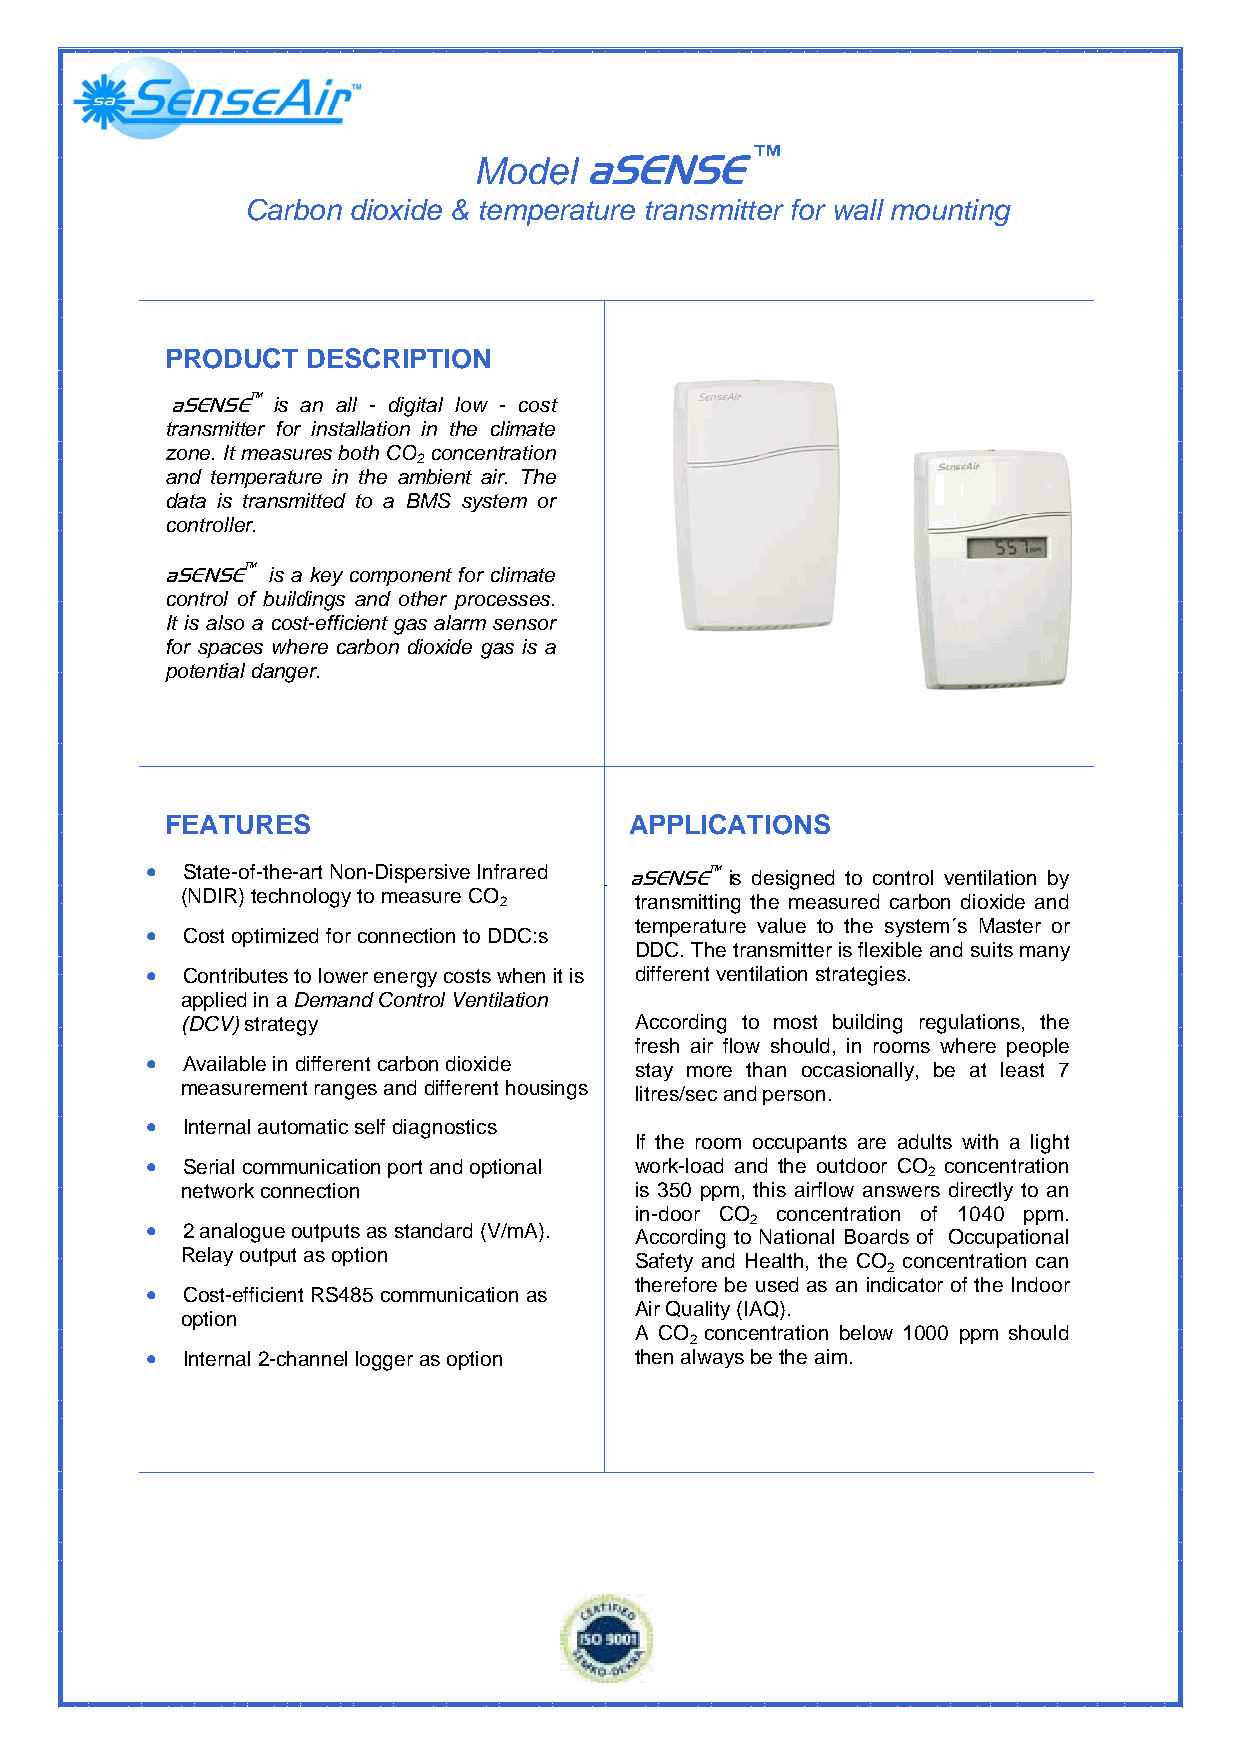
™
 Model   aSENSE
 Carbon dioxide & temperature transmitter for wall mounting
 PRODUCT  DESCRIPTION
 aSENSE™ is an all - digital low - cost
 transmitter for installation in the climate
 zone. It measures both CO concentration
 2
 and temperature in the ambient air. The
 data is transmitted to a BMS system or
 controller.
 aSENSE™ is a key component for climate
 control of buildings and other processes.
 It is also a cost-efficient gas alarm sensor
 for spaces where carbon dioxide gas is a
 potential danger.
 FEATURES                       APPLICATIONS
 • State-of-the-art Non-Dispersive Infrared aSENSE™ is designed to control ventilation by
 (NDIR) technology to measure CO 2 transmitting the measured carbon dioxide and
 temperature value to the system´s Master or
 • Cost optimized for connection to DDC:s
 DDC. The transmitter is flexible and suits many
 • Contributes to lower energy costs when it is different ventilation strategies.
 applied in a Demand Control Ventilation
 (DCV) strategy                According to most building regulations, the
 fresh air flow should, in rooms where people
 • Available in different carbon dioxide stay more than occasionally, be at least 7
 measurement ranges and different housings litres/sec and person.
 • Internal automatic self diagnostics
 If the room occupants are adults with a light
 • Serial communication port and optional work-load and the outdoor CO concentration
 2
 network connection            is 350 ppm, this airflow answers directly to an
 in-door CO concentration of 1040 ppm.
 2
 • 2 analogue outputs as standard (V/mA). According to National Boards of Occupational
 Relay output as option        Safety and Health, the CO concentration can
 2
 therefore be used as an indicator of the Indoor
 • Cost-efficient RS485 communication as
 Air Quality (IAQ).
 option
 A CO concentration below 1000 ppm should
 2
 • Internal 2-channel logger as option then always be the aim.